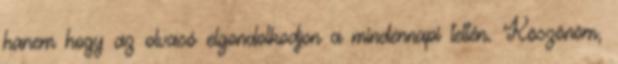
hanem hogy az olvasó elgondolkodjon a mindennapi tettén. Köszönöm,